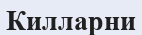
Килларни